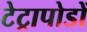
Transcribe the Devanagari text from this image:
टेट्रापोडों